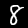
Label: 8